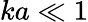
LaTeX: ka\ll 1